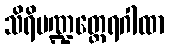
သိရိမဏ္ဍတ္ထေရဂါထာ